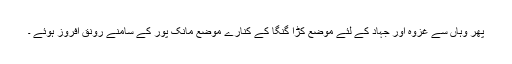
پھر وہاں سے غزوہ اور جہاد کے لئے موضع کڑا گنگا کے کنارے موضع مانک پور کے سامنے رونق افروز ہوئے ۔